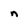
Character: n